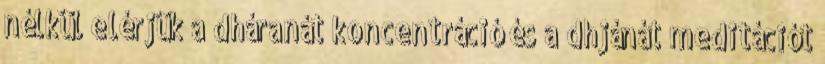
nélkül elérjük a dháranát koncentráció és a dhjánát meditációt